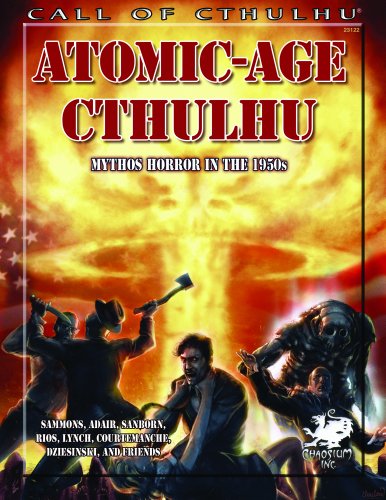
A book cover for Atomic-Age Cthulhu: Mythos Horror in the 1950s (Call of Cthulhu roleplaying); Brian Sammons; Science Fiction & Fantasy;